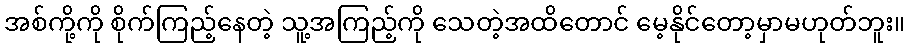
အစ်ကို့ကို စိုက်ကြည့်နေတဲ့ သူ့အကြည့်ကို သေတဲ့အထိတောင် မေ့နိုင်တော့မှာမဟုတ်ဘူး။